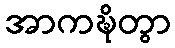
အာကဍ္ဎိတွာ